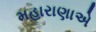
મહારાણાએ